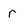
Character: r